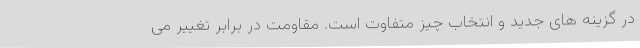
در گزینه های جدید و انتخاب چیز متفاوت است. مقاومت در برابر تغییر می